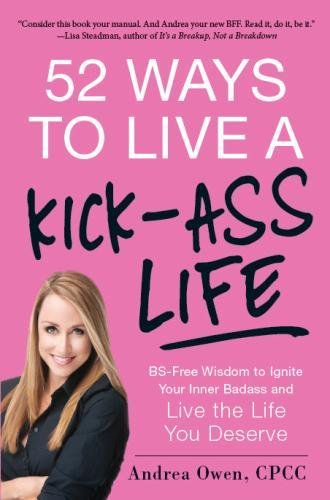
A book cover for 52 Ways to Live a Kick-Ass Life: BS-Free Wisdom to Ignite Your Inner Badass and Live the Life You Deserve; Andrea Owen; Health, Fitness & Dieting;